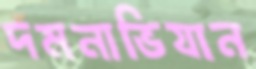
দমনাভিযান